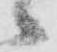
々